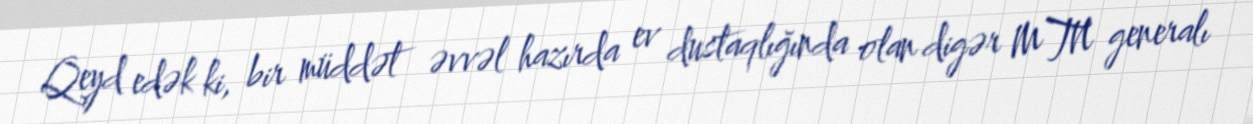
Qeyd edək ki, bir müddət əvvəl hazırda ev dustaqlığında olan digər MTN generalı